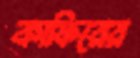
কাফিরের